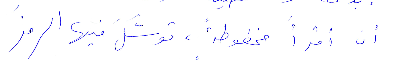
ان أقرأ مخطوطة، وتوسَّل فيها الرمز